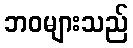
ဘဝများသည်